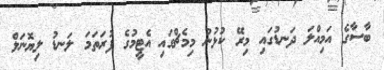
ބާސާގެ އަމިއްލަ ދަނޑުގައި މިރޭ ކުޅުނު މިމެޗްގައި އެޓީމުގެ ފުރަތަމަ ލަނޑު ލިޔޮނަލް